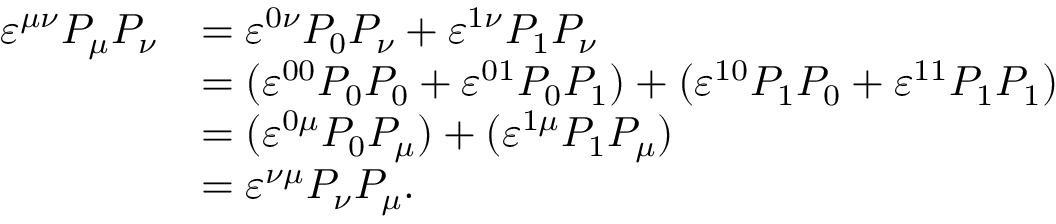
\begin{array} { r l } { \varepsilon ^ { \mu \nu } P _ { \mu } P _ { \nu } } & { = \varepsilon ^ { 0 \nu } P _ { 0 } P _ { \nu } + \varepsilon ^ { 1 \nu } P _ { 1 } P _ { \nu } } \\ & { = ( \varepsilon ^ { 0 0 } P _ { 0 } P _ { 0 } + \varepsilon ^ { 0 1 } P _ { 0 } P _ { 1 } ) + ( \varepsilon ^ { 1 0 } P _ { 1 } P _ { 0 } + \varepsilon ^ { 1 1 } P _ { 1 } P _ { 1 } ) } \\ & { = ( \varepsilon ^ { 0 \mu } P _ { 0 } P _ { \mu } ) + ( \varepsilon ^ { 1 \mu } P _ { 1 } P _ { \mu } ) } \\ & { = \varepsilon ^ { \nu \mu } P _ { \nu } P _ { \mu } . } \end{array}